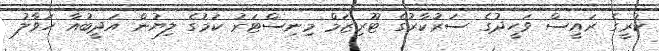
ކުރީގެ ރައީސް ވަހީދުގެ ސަރުކާރުގެ ޓޫރިޒަމް މިނިސްޓަރު ކަމުގެ ލިޔުން އަދީބުއާ ހަވާލު